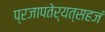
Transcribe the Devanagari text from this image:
प्रजापतेर्यत्सहजं